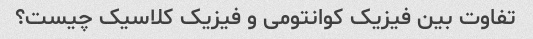
تفاوت بین فیزیک کوانتومی و فیزیک کلاسیک چیست؟